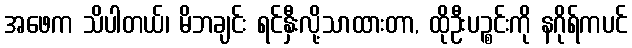
အဖေက သိပါတယ်၊ မိဘချင်း ရင်နှီးလို့သာထားတာ, ထိုဦးပဉ္စင်းကို နဂိုရ်ကပင်